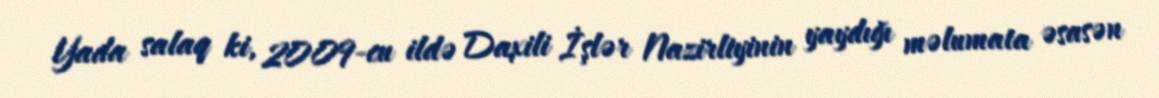
Yada salaq ki, 2009-cu ildə Daxili İşlər Nazirliyinin yaydığı məlumata əsasən